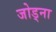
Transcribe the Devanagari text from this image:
जोड्ना